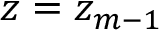
z = z _ { m - 1 }